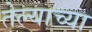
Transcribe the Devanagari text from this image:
तेल्याच्या